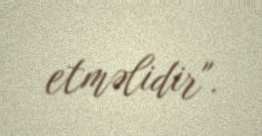
etməlidir".